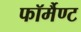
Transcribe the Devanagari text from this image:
फॉर्मैण्ट